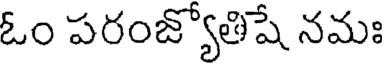
ఓం పరంజ్యోతిషే నమః